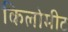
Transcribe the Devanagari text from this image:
किलोमीट